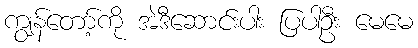
ကျွန်တော့်ကို အဲဒီဆောင်းပါး ပြပါဦး မေမေ